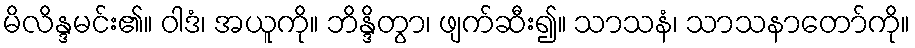
မိလိန္ဒမင်း၏။ ဝါဒံ၊ အယူကို။ ဘိန္ဒိတွာ၊ ဖျက်ဆီး၍။ သာသနံ၊ သာသနာတော်ကို။